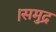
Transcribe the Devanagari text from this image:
।समुद्र